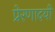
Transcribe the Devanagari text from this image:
प्रेरणादयी